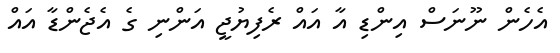
އެހެން ނޫނަސް އިންޑި އާ އައް ރެފިޔުޖީ އަންނި ގެ އެޖެންޑާ އައް